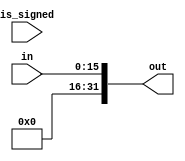
// Universidade Federal Rural de Pernambuco
// 2023.1
// Arquitetura e Organizao de Computadores - 2VA
// Alunos:
// Beatriz Pereira, Leonardo Viana, Paloma Raissa, Ricardo Zaidan
// -----------------------------

module sign_extend (in, is_signed, out);
    input wire [15:0] in; // Palavra de entrada com 16 bits
    input wire is_signed;	// Sinal de controle para saber se a palavra deve ser estendida ou nao
    output wire [31:0] out;	// Saida do sinal caso seja estendido

    assign out = is_signed ? $signed(in) : {16'b0, in};
	// Se is_signed = TRUE, a palavra in ser estendida replicando 16 vezes o seu bit mais significativo
	// para que nao haja perda de sinal.
	// Se is_signed = FALSE, sero adicionados 16 bits 0  frente da palavra.
	 
endmodule